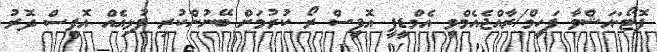
ފޮޓޯ:އަޝްވާ ފަހީމް/ރާއްޖެއެމްވީ އެމްޑީޕީ އޮފީސް ރޯ ކުރުމަށް ބޭނުންކުރި ފުޅިއެއް އޮފީސް ދޮރު